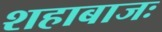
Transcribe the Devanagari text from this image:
शहाबाजः